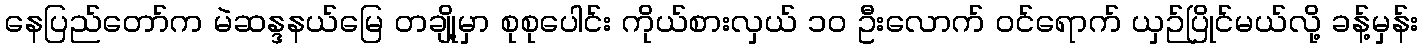
နေပြည်တော်က မဲဆန္ဒနယ်မြေ တချို့မှာ စုစုပေါင်း ကိုယ်စားလှယ် ၁၀ ဦးလောက် ဝင်ရောက် ယှဉ်ပြိုင်မယ်လို့ ခန့်မှန်း